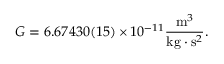
G = 6 . 6 7 4 3 0 ( 1 5 ) \times 1 0 ^ { - 1 1 } \frac { { \mathrm m } ^ { 3 } } { \mathrm { k g } \cdot { \mathrm s } ^ { 2 } } .